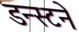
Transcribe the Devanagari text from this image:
डन्स्टने